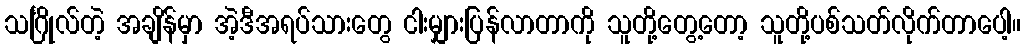
သင်္ဂြိုလ်တဲ့ အချိန်မှာ အဲ့ဒီအရပ်သားတွေ ငါးမျှားပြန်လာတာကို သူတို့တွေ့တော့ သူတို့ပစ်သတ်လိုက်တာပေါ့။